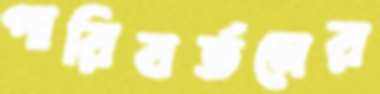
পারিবর্তনের